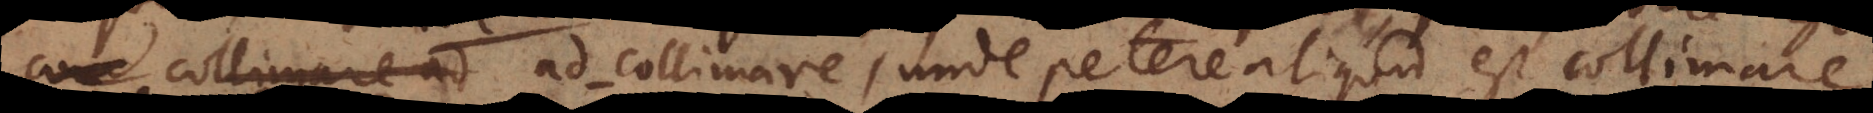
con collimare ad ad‐collimare, unde petere aliquid est collimare